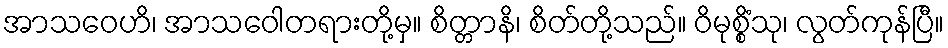
အာသဝေဟိ၊ အာသဝေါတရားတို့မှ။ စိတ္တာနိ၊ စိတ်တို့သည်။ ဝိမုစ္စိံသု၊ လွတ်ကုန်ပြီ။